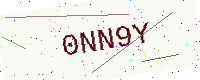
Text: 0NN9Y